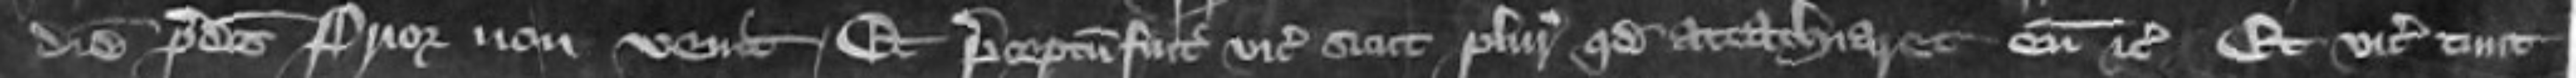
diem predictus prior non venit Et preceptum fuit vicecomiti sicut pluries quod attachiaret eum etc et vicecomes tunc